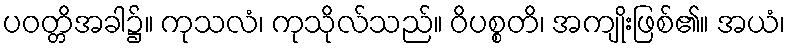
ပဝတ္တိအခါ၌။ ကုသလံ၊ ကုသိုလ်သည်။ ဝိပစ္စတိ၊ အကျိုးဖြစ်၏။ အယံ၊